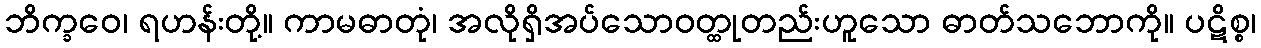
ဘိက္ခဝေ၊ ရဟန်းတို့။ ကာမဓာတုံ၊ အလိုရှိအပ်သောဝတ္ထုတည်းဟူသော ဓာတ်သဘောကို။ ပဋိစ္စ၊